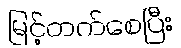
မြင့်တက်စေပြီး